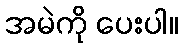
အမဲကို ပေးပါ။